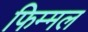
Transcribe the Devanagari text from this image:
फिम्मल